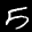
Label: 5